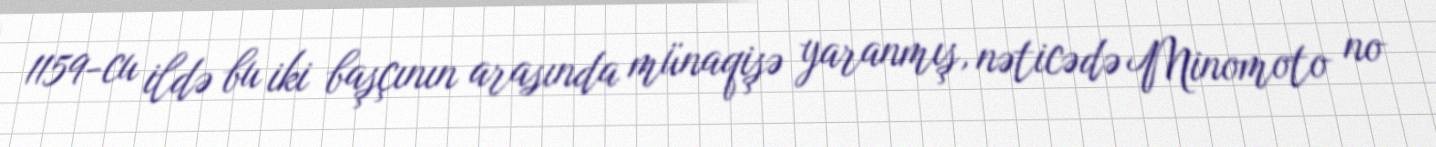
1159-cu ildə bu iki başçının arasında münaqişə yaranmış, nəticədə Minomoto no